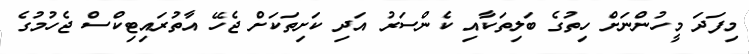
މިފަދަ މީހުންނަށް ހިތުގެ ބަލިތަކާއި ކެންސަރު އަދި ކަށިތަކަށް ޖެހޭ އާތުރައިޓިކްސް ޖެހުމުގެ